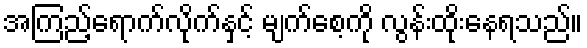
အကြည့်ရောက်လိုက်နှင့် မျက်စေ့ကို လွန်းထိုးနေရသည်။